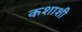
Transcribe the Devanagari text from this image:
कशाशी